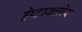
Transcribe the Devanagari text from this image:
हेप्‍टाक्‍लोर